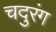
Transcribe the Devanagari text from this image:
चदुरंग